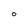
Character: O